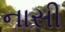
નાસી